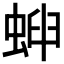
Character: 𧌫